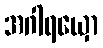
အဂါရယှော